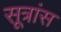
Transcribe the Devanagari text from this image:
सूत्रांस